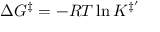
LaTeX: \Delta G ^ { \ddagger } = - R T \ln K ^ { \ddagger ^ { \prime } }